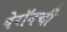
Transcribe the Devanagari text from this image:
पेरॉनची